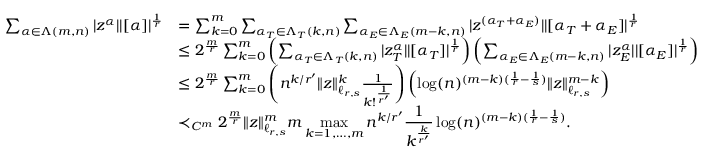
\begin{array} { r l } { \sum _ { \alpha \in \Lambda ( m , n ) } | z ^ { \alpha } | | [ \alpha ] | ^ { \frac { 1 } { r } } } & { = \sum _ { k = 0 } ^ { m } \sum _ { \alpha _ { T } \in \Lambda _ { T } ( k , n ) } \sum _ { \alpha _ { E } \in \Lambda _ { E } ( m - k , n ) } | z ^ { ( \alpha _ { T } + \alpha _ { E } ) } | | [ \alpha _ { T } + \alpha _ { E } ] | ^ { \frac { 1 } { r } } } \\ & { \leq 2 ^ { \frac { m } { r } } \sum _ { k = 0 } ^ { m } \left( \sum _ { \alpha _ { T } \in \Lambda _ { T } ( k , n ) } | z _ { T } ^ { \alpha } | | [ \alpha _ { T } ] | ^ { \frac { 1 } { r } } \right) \left( \sum _ { \alpha _ { E } \in \Lambda _ { E } ( m - k , n ) } | z _ { E } ^ { \alpha } | | [ \alpha _ { E } ] | ^ { \frac { 1 } { r } } \right) } \\ & { \leq 2 ^ { \frac { m } { r } } \sum _ { k = 0 } ^ { m } \left( n ^ { k / r ^ { \prime } } \| z \| _ { \ell _ { r , s } } ^ { k } \frac { 1 } { k ! ^ { \frac { 1 } { r ^ { \prime } } } } \right) \left( \log ( n ) ^ { ( m - k ) ( \frac { 1 } { r } - \frac { 1 } { s } ) } \| z \| _ { \ell _ { r , s } } ^ { m - k } \right) } \\ & { \prec _ { C ^ { m } } 2 ^ { \frac { m } { r } } \| z \| _ { \ell _ { r , s } } ^ { m } m \displaystyle \operatorname* { m a x } _ { k = 1 , \ldots , m } n ^ { k / r ^ { \prime } } \frac { 1 } { k ^ { \frac { k } { r ^ { \prime } } } } \log ( n ) ^ { ( m - k ) ( \frac { 1 } { r } - \frac { 1 } { s } ) } . } \end{array}